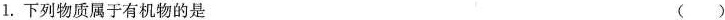
1.下列物质属于有机物的是 ( )